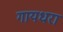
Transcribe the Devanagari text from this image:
गायधरा